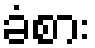
ခံစား